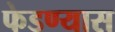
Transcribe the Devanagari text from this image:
फेडण्यास